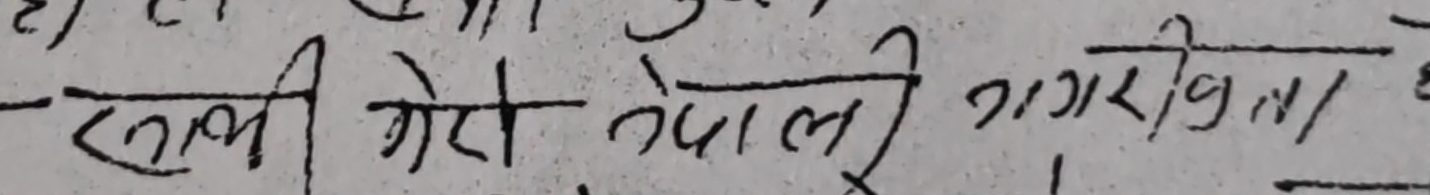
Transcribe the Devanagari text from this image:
रुली गेरो नेपाली नागरिकता छ